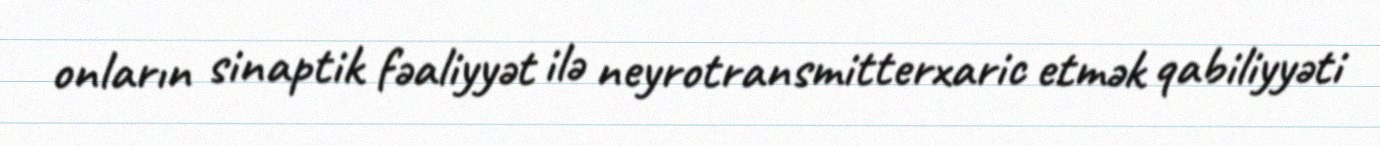
onların sinaptik fəaliyyət ilə neyrotransmitterxaric etmək qabiliyyəti